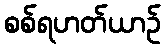
စစ်ရဟတ်ယာဉ်